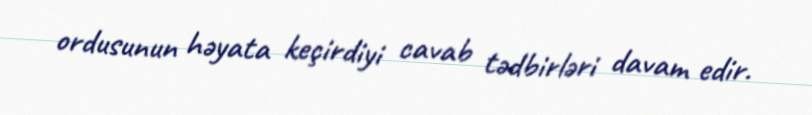
ordusunun həyata keçirdiyi cavab tədbirləri davam edir.